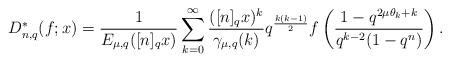
LaTeX: \begin{align*} D_{n,q}^*(f;x)=\frac{1}{E_{\mu,q}([n]_qx)}\sum_{k=0}^\infty \frac{([n]_qx)^k}{\gamma_{\mu,q}(k)}q^{\frac{k(k-1)}{2}}f \left( \frac{1-q^{2\mu\theta_k+k}}{q^{k-2}(1-q^n)}\right).\end{align*}